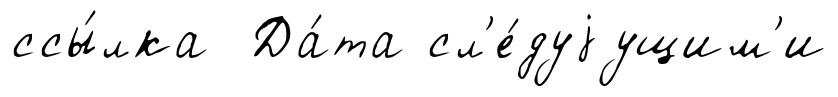
ссы́лка Да́та сл'е́дуjущим'и